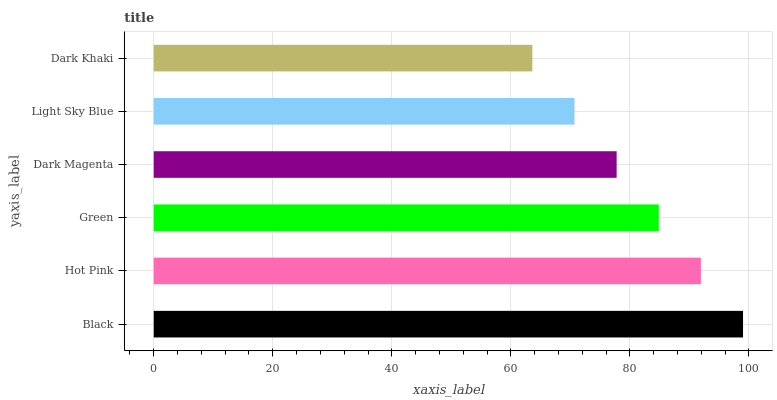
| yaxis_label | bars |
 | --- | --- |
 | Black | 99 |
 | Hot Pink | 91.9 |
 | Green | 84.8 |
 | Dark Magenta | 77.8 |
 | Light Sky Blue | 70.7 |
 | Dark Khaki | 63.6 |